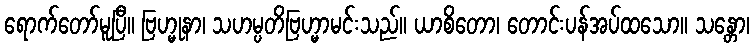
ရောက်တော်မူပြီ။ ဗြဟ္မုနာ၊ သဟမ္ပတိဗြဟ္မာမင်းသည်။ ယာစိတော၊ တောင်းပန်အပ်ထသော။ သန္တော၊